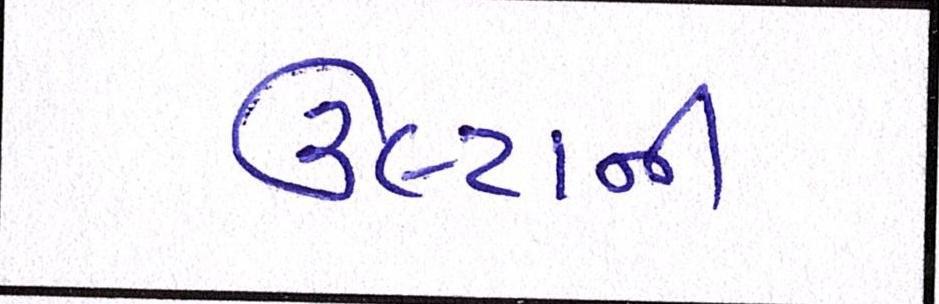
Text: ઉલ્ટાની